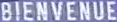
BIENVENUE